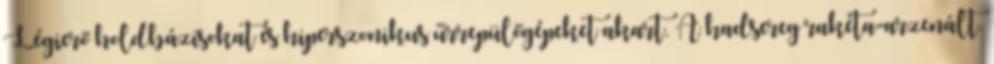
Légierő holdbázisokat és hiperszonikus űrrepülőgépeket akart. A hadsereg rakéta-arzenált.